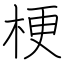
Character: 梗